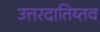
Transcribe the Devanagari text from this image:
उत्तरदातिय्तव